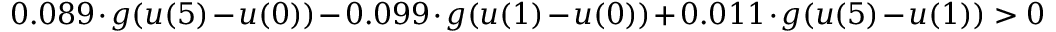
0 . 0 8 9 \cdot g ( u ( 5 ) - u ( 0 ) ) - 0 . 0 9 9 \cdot g ( u ( 1 ) - u ( 0 ) ) + 0 . 0 1 1 \cdot g ( u ( 5 ) - u ( 1 ) ) > 0